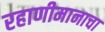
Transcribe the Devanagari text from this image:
रहाणीमानाचा